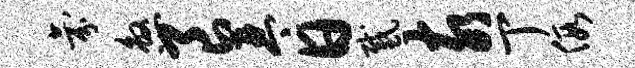
氛煞良琴日感亥丁假